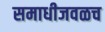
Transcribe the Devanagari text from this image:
समाधीजवळच